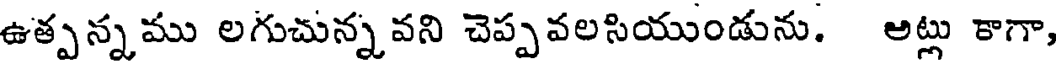
ఉత్పన్నము లగుచున్నవని చెప్పవలసియుండును. అట్లు కాగా,